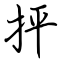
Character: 抨